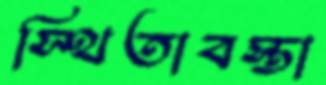
স্থিতাবস্তা